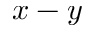
x - y